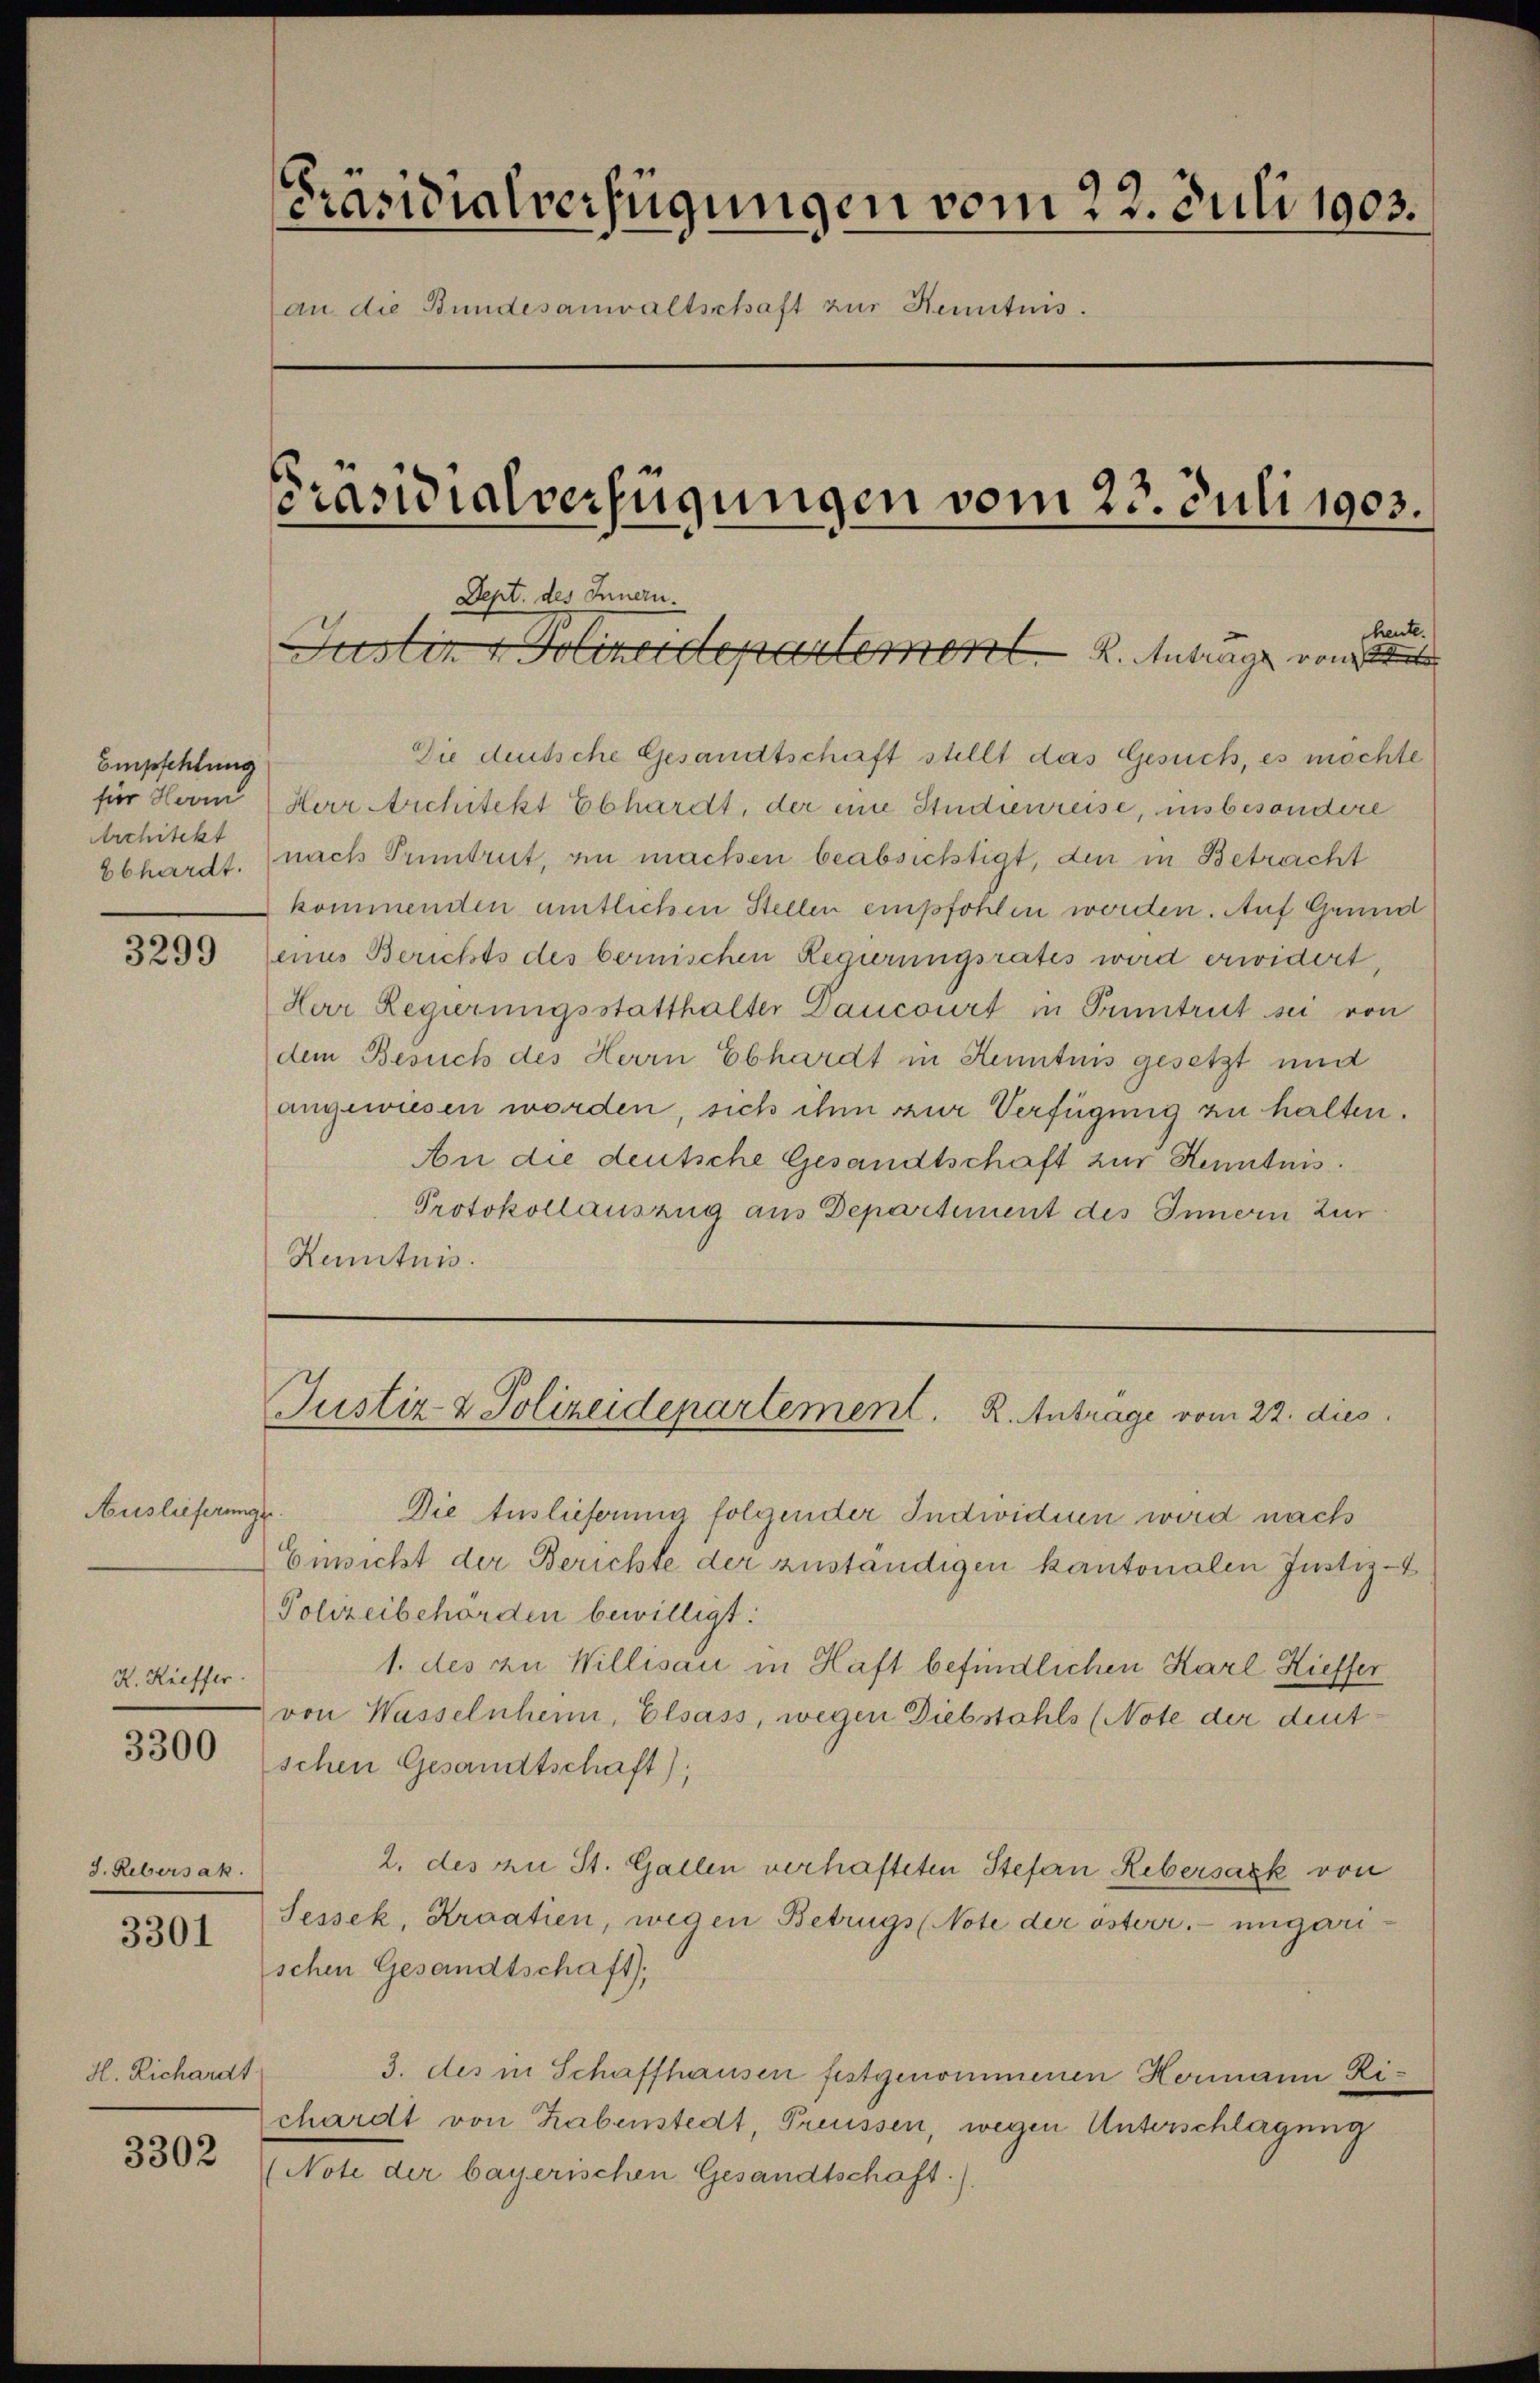
Empfehlung
Architekt

Auslieferunge
K. Kieffer

3300

J. Rebersak.

3301

H. Richardt.

3302

[Präsidialverfügungen vom 22. Juli 1903.
an die Bundesanwaltschaft zur Kenntnis.
Präsidialverfügungen vom 23. Juli 1903.
Dept. des Innern.
heute.
e
Justiz & Polizeidepartement. Antrage von

Die deutsche Gesandtschaft stellt das Gesuch, es möchte
für Herrn Herr Architekt Ebhardt, der eine Studienreise, insbesondere
Ebhardt. (nach Pruntrut, in machen beabsichtigt, den in Betracht
kommenden amtlichen Stellen empfohlen werden. Auf Grund
3299 (eines Berichts des bernischen Regierungsrates wird erwidert,
Herr Regierungsstatthalter Dancourt in Pruntrut sei von
dem Besuch des Herrn Ebhardt in Kenntnis gesetzt und
angewiesen worden, sich ihm zur Verfügung zu halten.
An die deutsche Gesandtschaft zur Kenntnis.
Protokollauszug aus Departement des Innern zur
Kenntnis.

Justiz & Polizeidepartement. R. Antrage vom 22. dies

Die Auslieferung folgender Individuen wird nach
Einsicht der Berichte der zuständigen kantonalen Justiz-
Polizeibehörden bewilligt.
1. des zu Willisau in Haft befindlichen Karl Kieffer
von Wasselnheim, Elsass, wegen Diebstahls (Note der deutschen Gesandtschaft);
2. des zu St. Gallen verhafteten Stefan Rebersack von
Sessek, Kroatien, wegen Betrugs (Note der österr. ungari-
schen Gesandtschaft,
3. des in Schaffhausen festgenommenen Hermann Richardt von habenstedt, Preussen, wegen Unterschlagung
(Note der bayerischen Gesandtschaft).